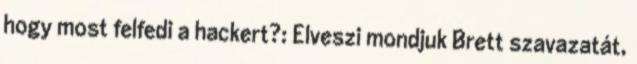
hogy most felfedi a hackert?: Elveszi mondjuk Brett szavazatát,